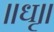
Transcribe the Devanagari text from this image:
॥धृ॥